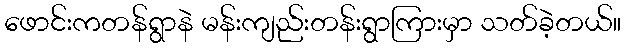
ဖောင်းကတန်ရွာနဲ မန်းကျည်းတန်းရွာကြားမှာ သတ်ခဲ့တယ်။